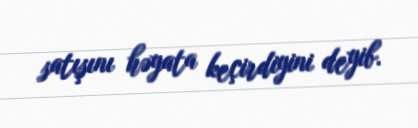
satışını həyata keçirdiyini deyib.